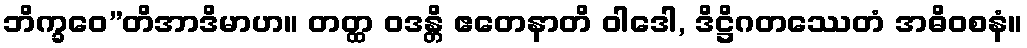
ဘိက္ခဝေ”တိအာဒိမာဟ။ တတ္ထ ဝဒန္တိ ဧတေနာတိ ဝါဒေါ, ဒိဋ္ဌိဂတဿေတံ အဓိဝစနံ။